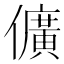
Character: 儣